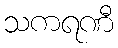
သကရဏီ